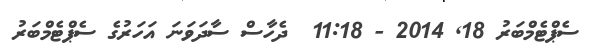
ސެޕްޓެމްބަރު 18